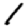
Digit: 1